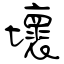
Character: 壞